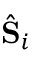
\hat { \bf S } _ { i }